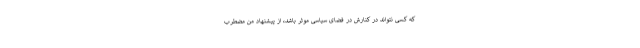
که کسی نتواند در کنارش در فضای سیاسی موثر باشد، از پیشنهاد من مضطرب